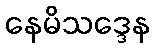
နေမိသဒ္ဒေန